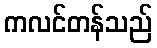
ကလင်တန်သည်